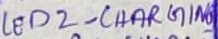
Text: LED2 - CHARGING